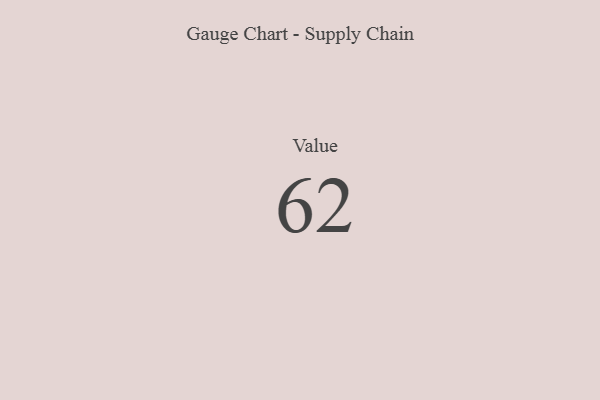
{"axis": {"x": "Metric", "y": "Value"}, "legend": [""], "data": [{"x": "Value", "y": 62, "type": ""}]}